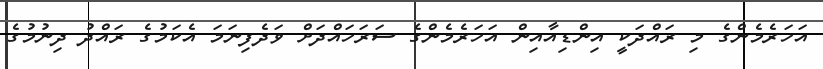
އަހަރެމެންގެ މި ރައްދަކީ އިންޑިއާއިން އަހަރެމެންގެ ސަރަހައްދަށް ވަދެފިނަމަ އެކަމުގެ ރައްދު ދިނުމުގެ